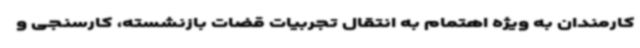
کارمندان به ویژه اهتمام به انتقال تجربیات قضات بازنشسته، کارسنجی و